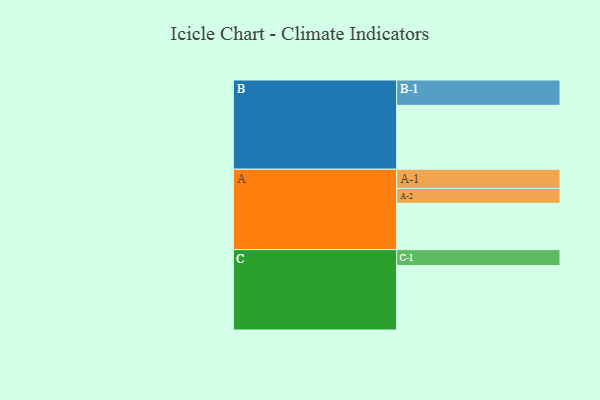
{"axis": {"x": "Segment", "y": "Value"}, "legend": ["", "A", "B", "C"], "data": [{"x": "A", "y": 335, "type": ""}, {"x": "B", "y": 462, "type": ""}, {"x": "C", "y": 466, "type": ""}, {"x": "A-1", "y": 139, "type": "A"}, {"x": "A-2", "y": 107, "type": "A"}, {"x": "B-1", "y": 183, "type": "B"}, {"x": "C-1", "y": 115, "type": "C"}]}